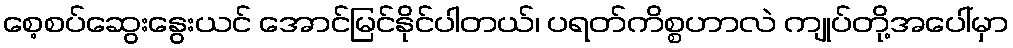
စေ့စပ်ဆွေးနွေးယင် အောင်မြင်နိုင်ပါတယ်၊ ပရတ်ကိစ္စဟာလဲ ကျုပ်တို့အပေါ်မှာ